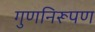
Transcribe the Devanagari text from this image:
गुणनिरूपण